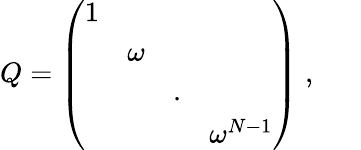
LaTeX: Q=\left(\begin{array}{cccc}{{1}}&{{}}&{{}}&{{}}\\ {{}}&{{\omega}}&{{}}&{{}}\\ {{}}&{{}}&{{.}}&{{}}\\ {{}}&{{}}&{{}}&{{\omega^{N-1}}}\end{array}\right)\; ,\; \; \; \; \; \;